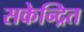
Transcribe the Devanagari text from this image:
सकेन्द्रित